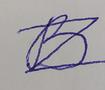
Signature authenticity: forged